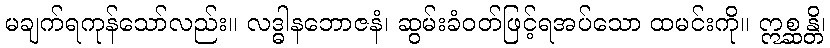
မချက်ရကုန်သော်လည်း။ လဒ္ဓါနဘောဇနံ၊ ဆွမ်းခံဝတ်ဖြင့်ရအပ်သော ထမင်းကို။ ဣစ္ဆန္တိ၊